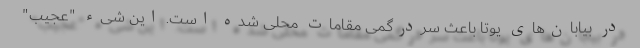
در بیابان‌های یوتا باعث سردرگمی مقامات محلی شده است. این شیء "عجیب"